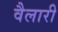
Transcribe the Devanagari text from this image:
वैलारी